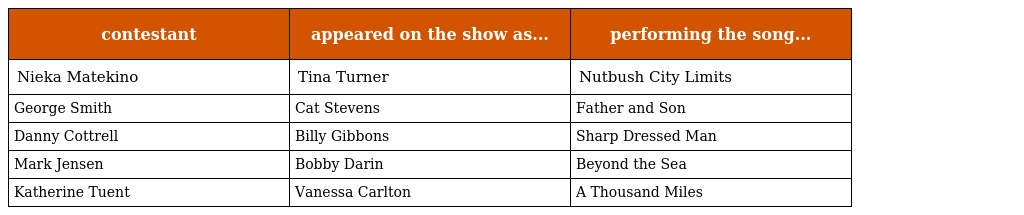
| contestant | appeared on the show as... | performing the song... |
 | --- | --- | --- |
 | Nieka Matekino | Tina Turner | Nutbush City Limits |
 | George Smith | Cat Stevens | Father and Son |
 | Danny Cottrell | Billy Gibbons | Sharp Dressed Man |
 | Mark Jensen | Bobby Darin | Beyond the Sea |
 | Katherine Tuent | Vanessa Carlton | A Thousand Miles |